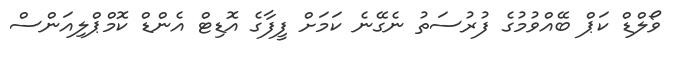
ވޯލްޑް ކަޕް ބޭއްވުމުގެ ފުރުސަތު ނެގޭނެ ކަމަށް ފީފާގެ އޮޑިޓް އެންޑް ކޮމްޕްލިއަންސް